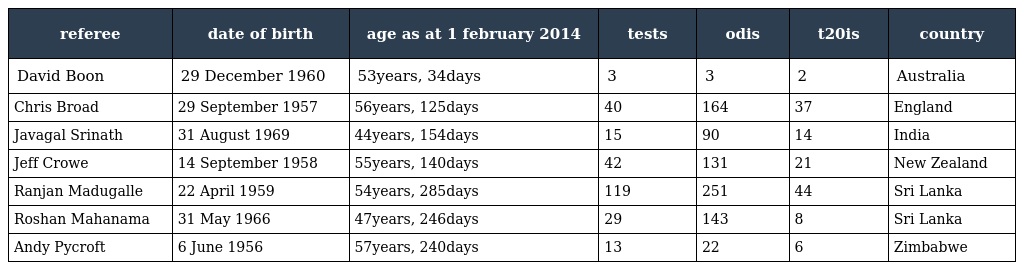
| referee | date of birth | age as at 1 february 2014 | tests | odis | t20is | country |
 | --- | --- | --- | --- | --- | --- | --- |
 | David Boon | 29 December 1960 | 53years, 34days | 3 | 3 | 2 | Australia |
 | Chris Broad | 29 September 1957 | 56years, 125days | 40 | 164 | 37 | England |
 | Javagal Srinath | 31 August 1969 | 44years, 154days | 15 | 90 | 14 | India |
 | Jeff Crowe | 14 September 1958 | 55years, 140days | 42 | 131 | 21 | New Zealand |
 | Ranjan Madugalle | 22 April 1959 | 54years, 285days | 119 | 251 | 44 | Sri Lanka |
 | Roshan Mahanama | 31 May 1966 | 47years, 246days | 29 | 143 | 8 | Sri Lanka |
 | Andy Pycroft | 6 June 1956 | 57years, 240days | 13 | 22 | 6 | Zimbabwe |